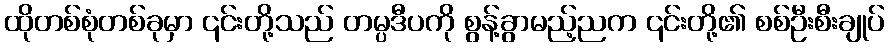
ထိုတစ်စုံတစ်ခုမှာ ၎င်းတို့သည် တမ္ပဒီပကို စွန့်ခွာမည့်ညက ၎င်းတို့၏ စစ်ဦးစီးချုပ်